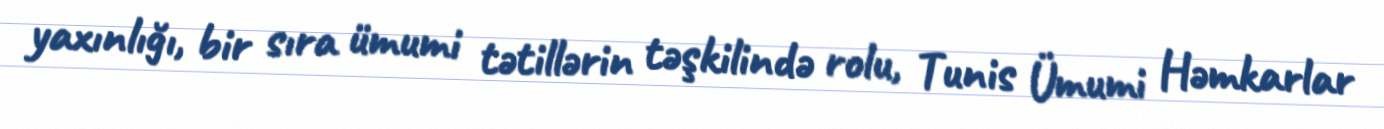
yaxınlığı, bir sıra ümumi tətillərin təşkilində rolu, Tunis Ümumi Həmkarlar